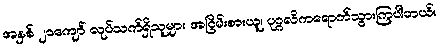
အနှစ် ၂၀ကျော် လုပ်သက်ရှိသူများ အငြိမ်းစားယူ၊ ပုဂ္ဂလိကရောက်သွားကြပါတယ်။